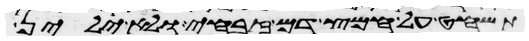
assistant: תשחט על חמץ דם זבחי ולא ילין